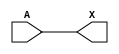
/*
 * Copyright 2020 The SkyWater PDK Authors
 *
 * Licensed under the Apache License, Version 2.0 (the "License");
 * you may not use this file except in compliance with the License.
 * You may obtain a copy of the License at
 *
 *     https://www.apache.org/licenses/LICENSE-2.0
 *
 * Unless required by applicable law or agreed to in writing, software
 * distributed under the License is distributed on an "AS IS" BASIS,
 * WITHOUT WARRANTIES OR CONDITIONS OF ANY KIND, either express or implied.
 * See the License for the specific language governing permissions and
 * limitations under the License.
 *
 * SPDX-License-Identifier: Apache-2.0
*/


`ifndef SKY130_FD_SC_MS__DLYGATE4SD3_FUNCTIONAL_V
`define SKY130_FD_SC_MS__DLYGATE4SD3_FUNCTIONAL_V

/**
 * dlygate4sd3: Delay Buffer 4-stage 0.50um length inner stage gates.
 *
 * Verilog simulation functional model.
 */

`timescale 1ns / 1ps
`default_nettype none

`celldefine
module sky130_fd_sc_ms__dlygate4sd3 (
    X,
    A
);

    // Module ports
    output X;
    input  A;

    // Local signals
    wire buf0_out_X;

    //  Name  Output      Other arguments
    buf buf0 (buf0_out_X, A              );
    buf buf1 (X         , buf0_out_X     );

endmodule
`endcelldefine

`default_nettype wire
`endif  // SKY130_FD_SC_MS__DLYGATE4SD3_FUNCTIONAL_V